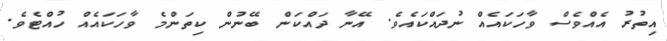
އިތުރު އެއްވެސް ވާހަކައެއް ނުދައްކައެވެ. އޭނާ ދައްކަން ބޭނުން ކިތަންމެ ވާހަކައެއް ހުއްޓެވެ.